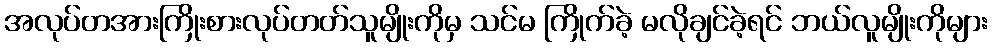
အလုပ်တအားကြိုးစားလုပ်တတ်သူမျိုးကိုမှ သင်မ ကြိုက်ခဲ့ မလိုချင်ခဲ့ရင် ဘယ်လူမျိုးကိုများ